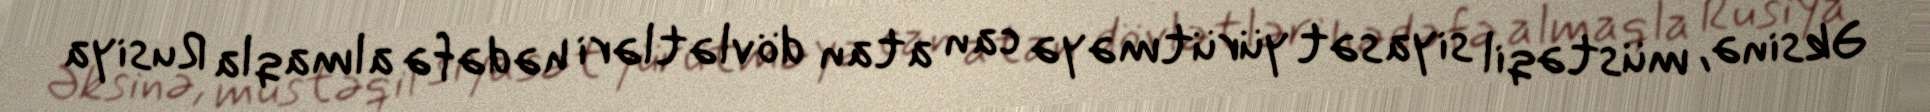
Əksinə, müstəqil siyasət yürütməyə can atan dövlətləri hədəfə almaqla Rusiya